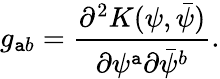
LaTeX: g_{\mathtt{a}b}={\frac{{\partial^{2}K(\psi,\bar{{\psi}})}}{{\partial\psi^{\mathtt{a}}\partial\bar{{\psi}}^{b}}}}.